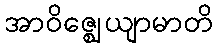
အာဝိဇ္ဈေယျာမာတိ